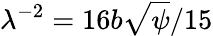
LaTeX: \lambda^{-2}=16b\sqrt{{\psi}}/15